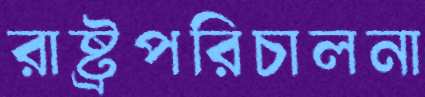
রাষ্ট্রপরিচালনা